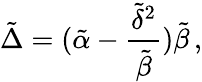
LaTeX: \tilde{\Delta}=(\tilde{\alpha}-\frac{\tilde{\delta}^{2}}{\tilde{\beta}})\tilde{\beta}\, ,